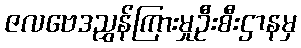
ဇလဗေဒညွှန်ကြားမှုဦးစီးဌာနမှ